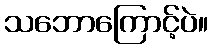
သဘောကြောင့်ပဲ။